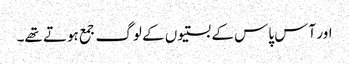
اور آس پاس کے بستیوں کے لوگ جمع ہوتے تھے۔